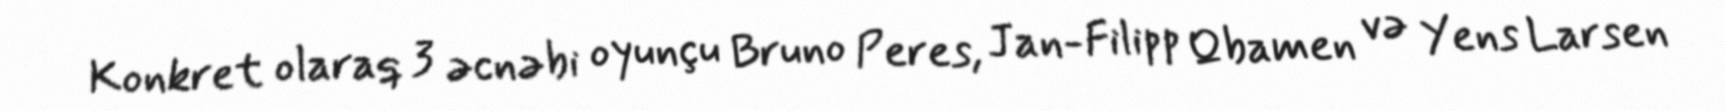
Konkret olaraq 3 əcnəbi oyunçu Bruno Peres, Jan-Filipp Qbamen və Yens Larsen